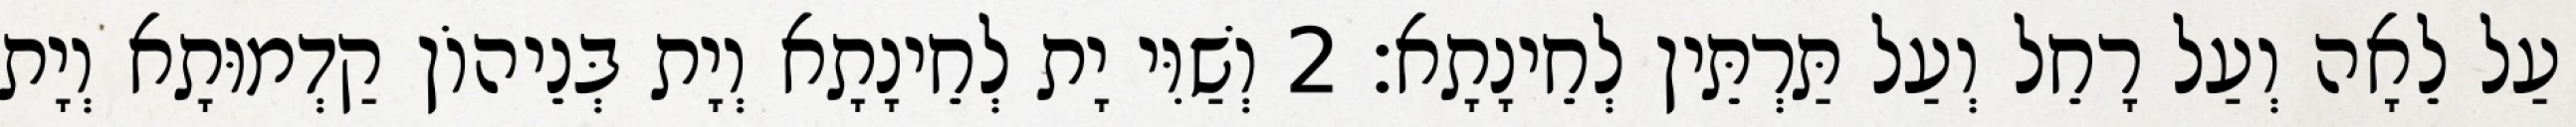
עַל לֵאָה וְעַל רָחֵל וְעַל תַּרְתֵּין לְחֵינָתָא׃ 2 וְשַׁוִּי יָת לְחֵינָתָא וְיָת בְּנֵיהוֹן קַדְמוּתָא וְיָת